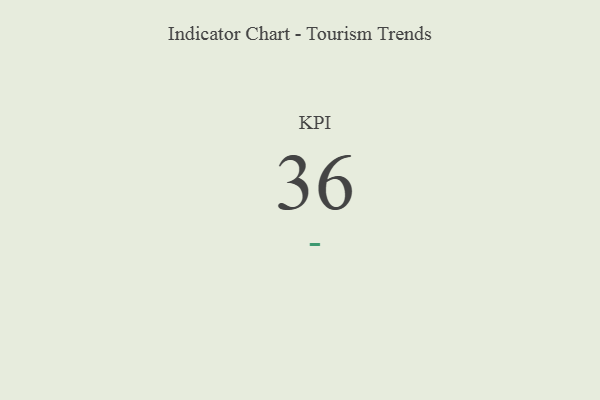
{"axis": {"x": "KPI", "y": "Value"}, "legend": [""], "data": [{"x": "KPI", "y": 36, "type": ""}]}